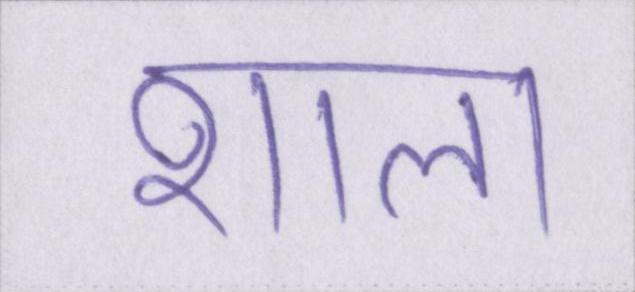
शाला